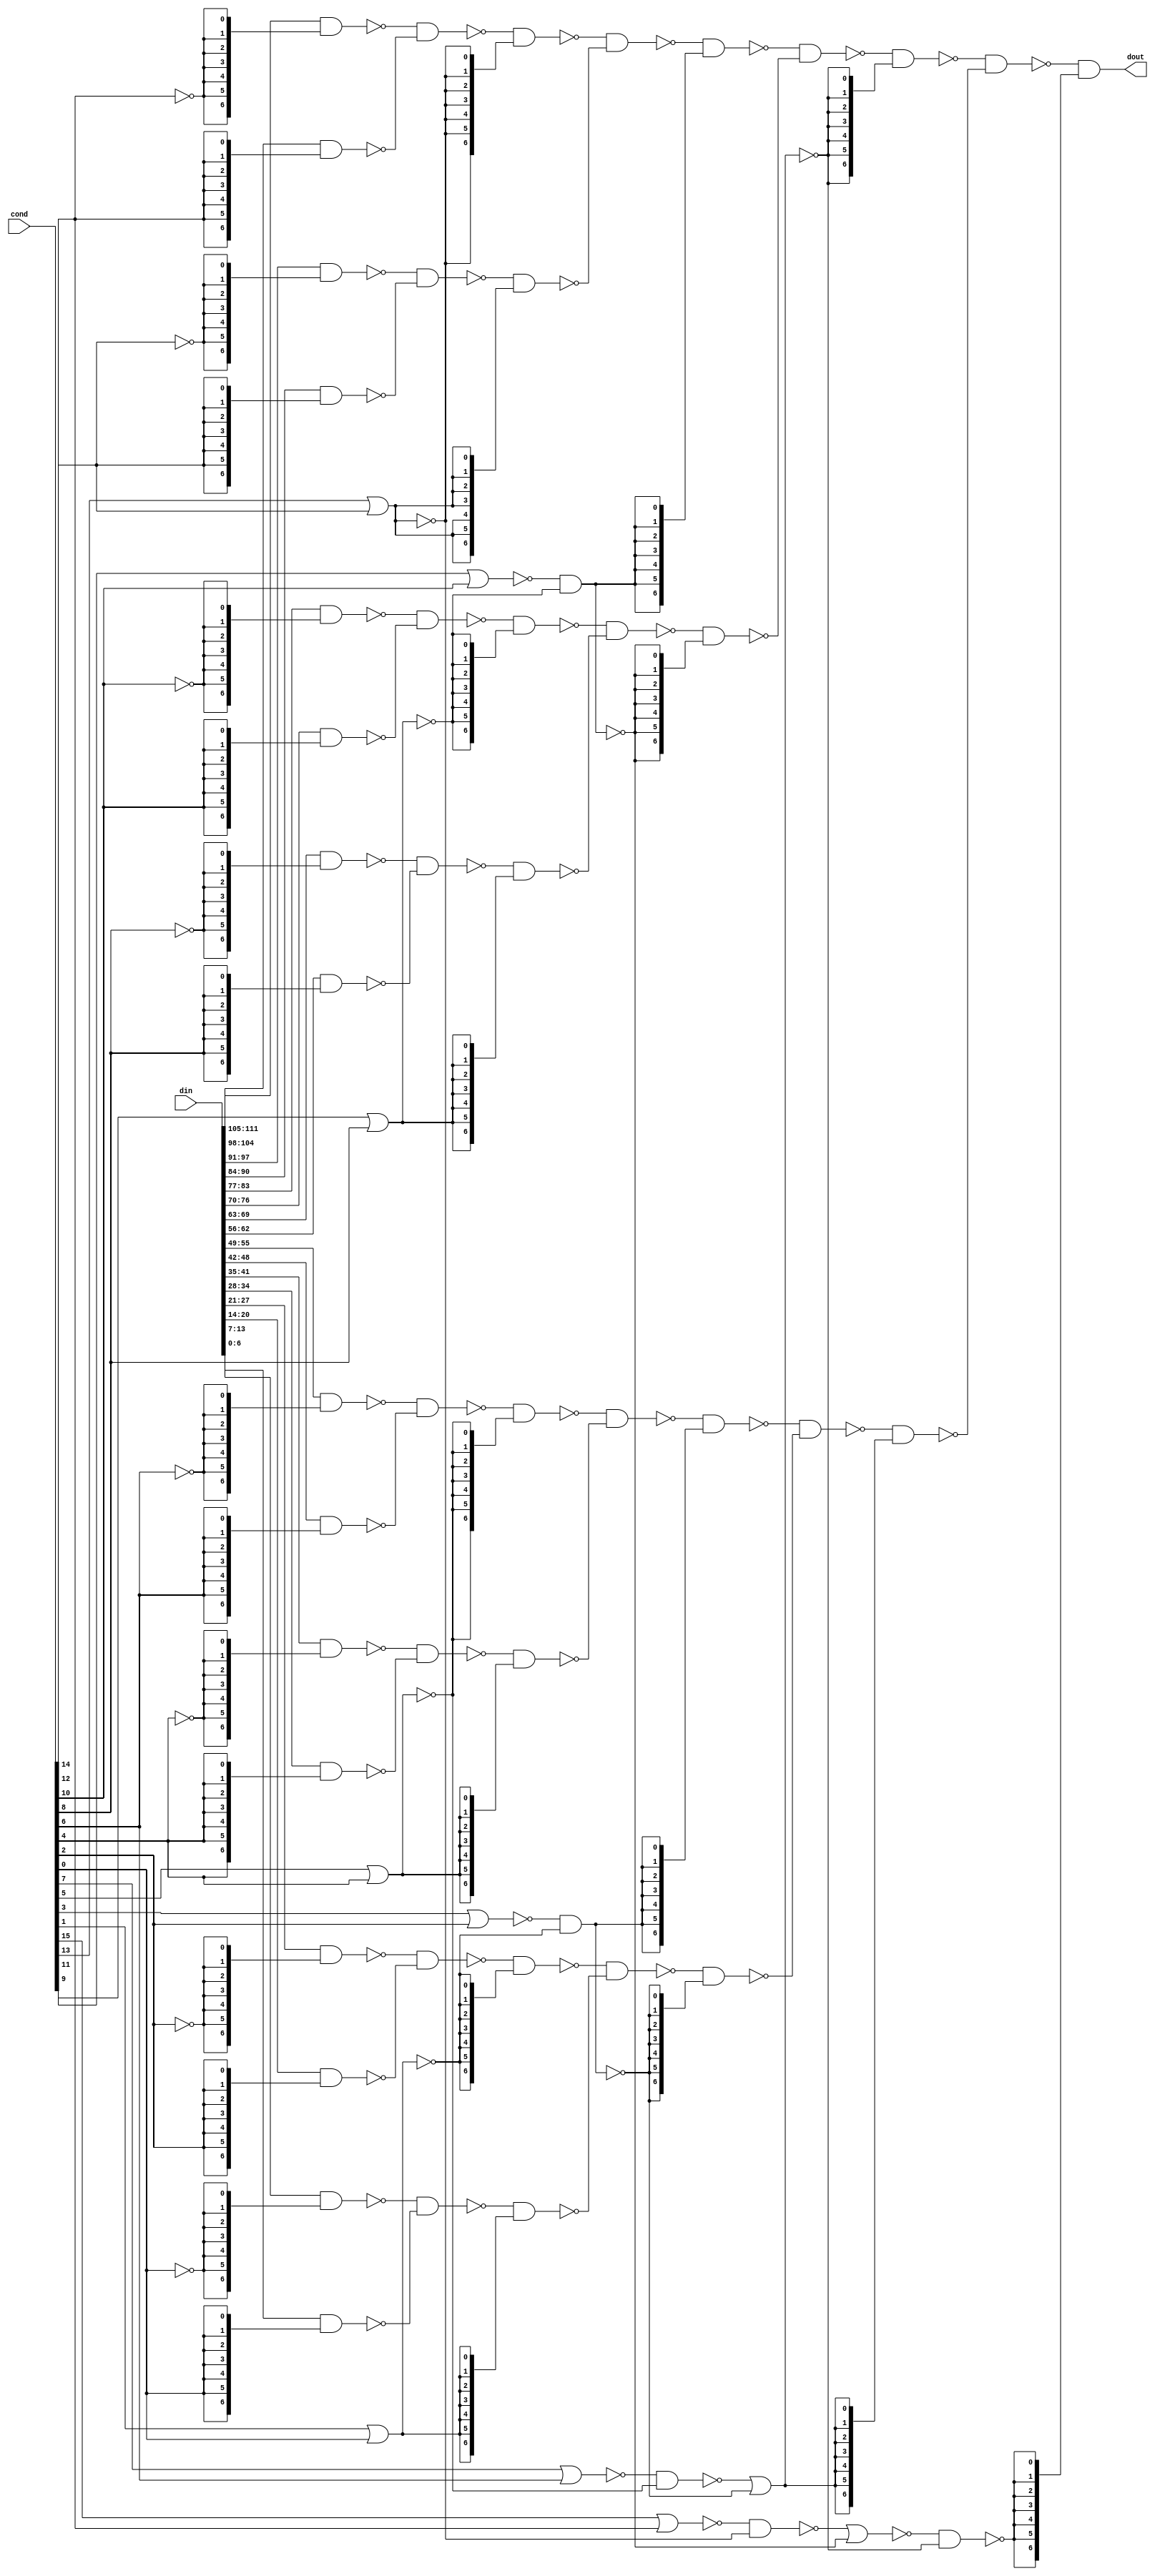
//  IBM Corp. 2020
// Licensed under the Apache License, Version 2.0 (the "License"), as modified by
// the terms below; you may not use the files in this repository except in
// compliance with the License as modified.
// You may obtain a copy of the License at http://www.apache.org/licenses/LICENSE-2.0
//
// Modified Terms:
//
//    1) For the purpose of the patent license granted to you in Section 3 of the
//    License, the "Work" hereby includes implementations of the work of authorship
//    in physical form.
//
//    2) Notwithstanding any terms to the contrary in the License, any licenses
//    necessary for implementation of the Work that are available from OpenPOWER
//    via the Power ISA End User License Agreement (EULA) are explicitly excluded
//    hereunder, and may be obtained from OpenPOWER under the terms and conditions
//    of the EULA.  
//
// Unless required by applicable law or agreed to in writing, the reference design
// distributed under the License is distributed on an "AS IS" BASIS, WITHOUT
// WARRANTIES OR CONDITIONS OF ANY KIND, either express or implied. See the License
// for the specific language governing permissions and limitations under the License.
// 
// Additional rights, including the ability to physically implement a softcore that
// is compliant with the required sections of the Power ISA Specification, are
// available at no cost under the terms of the OpenPOWER Power ISA EULA, which can be
// obtained (along with the Power ISA) here: https://openpowerfoundation.org. 

`timescale 1 ns / 1 ns

//  Description:  Prioritizer
//
//*****************************************************************************

module rv_prisel(
		 cond,
		 din,
		 dout
		 );

   parameter                   q_num_entries_g = 16;
   parameter                   q_dat_width_g = 7;
   input [0:q_num_entries_g-1] cond;
   input [0:q_dat_width_g*q_num_entries_g-1] din;
   output [0:q_dat_width_g-1] 		     dout;



   wire [0:q_dat_width_g-1]    q_dat_l1[0:7];
   wire [0:q_dat_width_g-1]    q_dat_l1a[0:7];
   wire [0:q_dat_width_g-1]    q_dat_l1b[0:7];
   wire [0:q_dat_width_g-1]    q_dat_l2[0:3];
   wire [0:q_dat_width_g-1]    q_dat_l2a[0:3];
   wire [0:q_dat_width_g-1]    q_dat_l2b[0:3];
   wire [0:q_dat_width_g-1]    q_dat_l4[0:1];
   wire [0:q_dat_width_g-1]    q_dat_l4a[0:1];
   wire [0:q_dat_width_g-1]    q_dat_l4b[0:1];
   wire [0:q_dat_width_g-1]    q_dat_l8a;
   wire [0:q_dat_width_g-1]    q_dat_l8b;
   wire [0:q_dat_width_g-1]    q_dat_l8;

   wire [0:7] 		       selval1_b;
   wire [0:7] 		       selpri1;
   wire [0:7] 		       selpri1_b;
   wire [0:3] 		       selval2;
   wire [0:3] 		       selpri2;
   wire [0:3] 		       selpri2_b;
   wire [0:1] 		       selval4_b;
   wire [0:1] 		       selpri4;
   wire [0:1] 		       selpri4_b;
   wire                        selval8;
   wire                        selpri8;
   wire                        selpri8_b;

   (* analysis_not_referenced="true" *)
   wire                        selpri1_unused;
   (* analysis_not_referenced="true" *)
   wire                        selpri1_b_unused;
   (* analysis_not_referenced="true" *)
   wire                        q_dat_l1_unused;


   parameter aryoff = q_dat_width_g;


   assign selval1_b[0] = ~(cond[0] | cond[1]);
   assign selval1_b[1] = ~(cond[2] | cond[3]);
   assign selval1_b[2] = ~(cond[4] | cond[5]);
   assign selval1_b[3] = ~(cond[6] | cond[7]);
   generate
      if (q_num_entries_g == 8)
        begin : selval1_gen08
	   assign selval1_b[4] = 1'b1;
	   assign selval1_b[5] = 1'b1;
           assign selval1_b[6] = 1'b1;
           assign selval1_b[7] = 1'b1;
        end
   endgenerate
   generate
      if (q_num_entries_g == 12)
        begin : selval1_gen0
	   assign selval1_b[4] = ~(cond[8] | cond[9]);
	   assign selval1_b[5] = ~(cond[10] | cond[11]);
           assign selval1_b[6] = 1'b1;
           assign selval1_b[7] = 1'b1;
        end
   endgenerate
   generate
      if (q_num_entries_g == 16)
        begin : selval1_gen1
	   assign selval1_b[4] = ~(cond[8] | cond[9]);
	   assign selval1_b[5] = ~(cond[10] | cond[11]);
           assign selval1_b[6] = ~(cond[12] | cond[13]);
           assign selval1_b[7] = ~(cond[14] | cond[15]);
        end
   endgenerate

   assign selpri1_b[0] = (~cond[1]);
   assign selpri1_b[1] = (~cond[3]);
   assign selpri1_b[2] = (~cond[5]);
   assign selpri1_b[3] = (~cond[7]);
   generate
      if (q_num_entries_g == 8)
        begin : selpri1_gen08
	   assign selpri1_b[4] = 1'b1;
	   assign selpri1_b[5] = 1'b1;
           assign selpri1_b[6] = 1'b1;
           assign selpri1_b[7] = 1'b1;
           assign selpri1_b_unused = selpri1_b[4] | selpri1_b[5] | selpri1_b[6] | selpri1_b[7] ;
        end
   endgenerate
   generate
      if (q_num_entries_g == 12)
        begin : selpri1_gen0
	   assign selpri1_b[4] = (~cond[9]);
	   assign selpri1_b[5] = (~cond[11]);
           assign selpri1_b[6] = 1'b1;
           assign selpri1_b[7] = 1'b1;
           assign selpri1_b_unused = selpri1_b[6] | selpri1_b[7] ;
        end
   endgenerate
   generate
      if (q_num_entries_g == 16)
        begin : selpri1_gen1
	   assign selpri1_b[4] = (~cond[9]);
	   assign selpri1_b[5] = (~cond[11]);
           assign selpri1_b[6] = (~cond[13]);
           assign selpri1_b[7] = (~cond[15]);
           assign selpri1_b_unused =1'b0;
        end
   endgenerate

   assign selpri1[0] = cond[1];
   assign selpri1[1] = cond[3];
   assign selpri1[2] = cond[5];
   assign selpri1[3] = cond[7];
   generate
      if (q_num_entries_g == 8)
        begin : selpri1_gen0b8
	   assign selpri1[4] = 1'b0;
	   assign selpri1[5] = 1'b0;
           assign selpri1[6] = 1'b0;
           assign selpri1[7] = 1'b0;
           assign selpri1_unused = selpri1[4] | selpri1[5] | selpri1[6] | selpri1[7] ;
        end
   endgenerate
   generate
      if (q_num_entries_g == 12)
        begin : selpri1_gen0b
	   assign selpri1[4] = cond[9];
	   assign selpri1[5] = cond[11];
           assign selpri1[6] = 1'b0;
           assign selpri1[7] = 1'b0;
           assign selpri1_unused = selpri1[6] | selpri1[7];
        end
   endgenerate
   generate
      if (q_num_entries_g == 16)
        begin : selpri1_gen1b
	   assign selpri1[4] = cond[9];
	   assign selpri1[5] = cond[11];
           assign selpri1[6] = cond[13];
           assign selpri1[7] = cond[15];

           assign selpri1_unused=1'b0;

        end
   endgenerate

   assign selval2[0] = ~(selval1_b[0] & selval1_b[1]);
   assign selval2[1] = ~(selval1_b[2] & selval1_b[3]);
   assign selval2[2] = ~(selval1_b[4] & selval1_b[5]);
   assign selval2[3] = ~(selval1_b[6] & selval1_b[7]);

   assign selpri2[0] = (~selval1_b[1]);
   assign selpri2[1] = (~selval1_b[3]);
   assign selpri2[2] = (~selval1_b[5]);
   assign selpri2[3] = (~selval1_b[7]);
   assign selpri2_b[0] = selval1_b[1];
   assign selpri2_b[1] = selval1_b[3];
   assign selpri2_b[2] = selval1_b[5];
   assign selpri2_b[3] = selval1_b[7];

   assign selval4_b[0] = ~(selval2[0] | selval2[1]);
   assign selval4_b[1] = ~(selval2[2] | selval2[3]);
   assign selpri4_b[0] = (~selval2[1]);
   assign selpri4_b[1] = (~selval2[3]);
   assign selpri4[0] = selval2[1];
   assign selpri4[1] = selval2[3];

   assign selval8 = ~(selval4_b[0] & selval4_b[1]);
   assign selpri8 = (~selval4_b[1]);
   assign selpri8_b = selval4_b[1];

   //-------------------------------------------------------------------------------------------------------
   // Instruction Muxing
   //-------------------------------------------------------------------------------------------------------

   // Level 1
   // 01 23 45 67 89 1011 1213 1415
   assign q_dat_l1a[0] = ~(din[0*aryoff:0*aryoff+aryoff-1] & {q_dat_width_g{selpri1_b[0]}});
   assign q_dat_l1b[0] = ~(din[1*aryoff:1*aryoff+aryoff-1] & {q_dat_width_g{selpri1[0]}});
   assign q_dat_l1[0] = ~(q_dat_l1a[0] & q_dat_l1b[0]);

   assign q_dat_l1a[1] = ~(din[2*aryoff:2*aryoff+aryoff-1] & {q_dat_width_g{selpri1_b[1]}});
   assign q_dat_l1b[1] = ~(din[3*aryoff:3*aryoff+aryoff-1] & {q_dat_width_g{selpri1[1]}});
   assign q_dat_l1[1] = ~(q_dat_l1a[1] & q_dat_l1b[1]);

   assign q_dat_l1a[2] = ~(din[4*aryoff:4*aryoff+aryoff-1] & {q_dat_width_g{selpri1_b[2]}});
   assign q_dat_l1b[2] = ~(din[5*aryoff:5*aryoff+aryoff-1] & {q_dat_width_g{selpri1[2]}});
   assign q_dat_l1[2] = ~(q_dat_l1a[2] & q_dat_l1b[2]);

   assign q_dat_l1a[3] = ~(din[6*aryoff:6*aryoff+aryoff-1] & {q_dat_width_g{selpri1_b[3]}});
   assign q_dat_l1b[3] = ~(din[7*aryoff:7*aryoff+aryoff-1] & {q_dat_width_g{selpri1[3]}});
   assign q_dat_l1[3] = ~(q_dat_l1a[3] & q_dat_l1b[3]);


   generate
      if (q_num_entries_g == 8)
        begin : l1_gen8
           assign q_dat_l1a[4] = {q_dat_width_g{1'b0}};
           assign q_dat_l1b[4] = {q_dat_width_g{1'b0}};
           assign q_dat_l1[4] = {q_dat_width_g{1'b0}};

           assign q_dat_l1a[5] = {q_dat_width_g{1'b0}};
           assign q_dat_l1b[5] = {q_dat_width_g{1'b0}};
           assign q_dat_l1[5] = {q_dat_width_g{1'b0}};

           assign q_dat_l1a[6] = {q_dat_width_g{1'b0}};
           assign q_dat_l1b[6] = {q_dat_width_g{1'b0}};
           assign q_dat_l1[6] = {q_dat_width_g{1'b0}};

           assign q_dat_l1a[7] = {q_dat_width_g{1'b0}};
           assign q_dat_l1b[7] = {q_dat_width_g{1'b0}};
           assign q_dat_l1[7] = {q_dat_width_g{1'b0}};

           assign q_dat_l1_unused = (|q_dat_l1a[4]) | (|q_dat_l1a[5]) | (|q_dat_l1a[6]) | (|q_dat_l1a[7]) |
                                    (|q_dat_l1b[4]) | (|q_dat_l1b[5]) | (|q_dat_l1b[6]) | (|q_dat_l1b[7]) |
                                    (|q_dat_l1[4]) | (|q_dat_l1[5]) | (|q_dat_l1[6]) | (|q_dat_l1[7]) ;

        end
   endgenerate
   generate
      if (q_num_entries_g == 12)
        begin : l1_gen12
	   assign q_dat_l1a[4] = ~(din[8*aryoff:8*aryoff+aryoff-1] & {q_dat_width_g{selpri1_b[4]}});
	   assign q_dat_l1b[4] = ~(din[9*aryoff:9*aryoff+aryoff-1] & {q_dat_width_g{selpri1[4]}});
	   assign q_dat_l1[4] = ~(q_dat_l1a[4] & q_dat_l1b[4]);

	   assign q_dat_l1a[5] = ~(din[10*aryoff:10*aryoff+aryoff-1] & {q_dat_width_g{selpri1_b[5]}});
	   assign q_dat_l1b[5] = ~(din[11*aryoff:11*aryoff+aryoff-1] & {q_dat_width_g{selpri1[5]}});
	   assign q_dat_l1[5] = ~(q_dat_l1a[5] & q_dat_l1b[5]);

           assign q_dat_l1a[6] = {q_dat_width_g{1'b0}};
           assign q_dat_l1b[6] = {q_dat_width_g{1'b0}};
           assign q_dat_l1[6] = {q_dat_width_g{1'b0}};

           assign q_dat_l1a[7] = {q_dat_width_g{1'b0}};
           assign q_dat_l1b[7] = {q_dat_width_g{1'b0}};
           assign q_dat_l1[7] = {q_dat_width_g{1'b0}};

           assign q_dat_l1_unused = (|q_dat_l1a[6]) | (|q_dat_l1a[7]) |
                                    (|q_dat_l1b[6]) | (|q_dat_l1b[7]) |
                                    (|q_dat_l1[6]) | (|q_dat_l1[7]) ;
        end
   endgenerate
   generate
      if (q_num_entries_g == 16)
        begin : l1_gen16

	   assign q_dat_l1a[4] = ~(din[8*aryoff:8*aryoff+aryoff-1] & {q_dat_width_g{selpri1_b[4]}});
	   assign q_dat_l1b[4] = ~(din[9*aryoff:9*aryoff+aryoff-1] & {q_dat_width_g{selpri1[4]}});
	   assign q_dat_l1[4] = ~(q_dat_l1a[4] & q_dat_l1b[4]);

	   assign q_dat_l1a[5] = ~(din[10*aryoff:10*aryoff+aryoff-1] & {q_dat_width_g{selpri1_b[5]}});
	   assign q_dat_l1b[5] = ~(din[11*aryoff:11*aryoff+aryoff-1] & {q_dat_width_g{selpri1[5]}});
	   assign q_dat_l1[5] = ~(q_dat_l1a[5] & q_dat_l1b[5]);

	   assign q_dat_l1a[6] = ~(din[12*aryoff:12*aryoff+aryoff-1] & {q_dat_width_g{selpri1_b[6]}});
           assign q_dat_l1b[6] = ~(din[13*aryoff:13*aryoff+aryoff-1] & {q_dat_width_g{selpri1[6]}});
           assign q_dat_l1[6] = ~(q_dat_l1a[6] & q_dat_l1b[6]);

           assign q_dat_l1a[7] = ~(din[14*aryoff:14*aryoff+aryoff-1] & {q_dat_width_g{selpri1_b[7]}});
           assign q_dat_l1b[7] = ~(din[15*aryoff:15*aryoff+aryoff-1] & {q_dat_width_g{selpri1[7]}});
           assign q_dat_l1[7] = ~(q_dat_l1a[7] & q_dat_l1b[7]);

           assign q_dat_l1_unused = 1'b0;

        end
   endgenerate

   // Level 2
   // 0123 4567 891011 12131415
   assign q_dat_l2a[0] = ~(q_dat_l1[0] & {q_dat_width_g{selpri2_b[0]}});
   assign q_dat_l2b[0] = ~(q_dat_l1[1] & {q_dat_width_g{selpri2[0]}});
   assign q_dat_l2[0] = ~(q_dat_l2a[0] & q_dat_l2b[0]);

   assign q_dat_l2a[1] = ~(q_dat_l1[2] & {q_dat_width_g{selpri2_b[1]}});
   assign q_dat_l2b[1] = ~(q_dat_l1[3] & {q_dat_width_g{selpri2[1]}});
   assign q_dat_l2[1] = ~(q_dat_l2a[1] & q_dat_l2b[1]);

   assign q_dat_l2a[2] = ~(q_dat_l1[4] & {q_dat_width_g{selpri2_b[2]}});
   assign q_dat_l2b[2] = ~(q_dat_l1[5] & {q_dat_width_g{selpri2[2]}});
   assign q_dat_l2[2] = ~(q_dat_l2a[2] & q_dat_l2b[2]);

   assign q_dat_l2a[3] = ~(q_dat_l1[6] & {q_dat_width_g{selpri2_b[3]}});
   assign q_dat_l2b[3] = ~(q_dat_l1[7] & {q_dat_width_g{selpri2[3]}});
   assign q_dat_l2[3] = ~(q_dat_l2a[3] & q_dat_l2b[3]);

   // Level 4
   // 01234567 89101112131415
   assign q_dat_l4a[0] = ~(q_dat_l2[0] & {q_dat_width_g{selpri4_b[0]}});
   assign q_dat_l4b[0] = ~(q_dat_l2[1] & {q_dat_width_g{selpri4[0]}});
   assign q_dat_l4[0] = ~(q_dat_l4a[0] & q_dat_l4b[0]);

   assign q_dat_l4a[1] = ~(q_dat_l2[2] & {q_dat_width_g{selpri4_b[1]}});
   assign q_dat_l4b[1] = ~(q_dat_l2[3] & {q_dat_width_g{selpri4[1]}});
   assign q_dat_l4[1] = ~(q_dat_l4a[1] & q_dat_l4b[1]);

   // Level 8
   // 0123456789101112131415
   assign q_dat_l8a = ~(q_dat_l4[0] & {q_dat_width_g{selpri8_b}});
   assign q_dat_l8b = ~(q_dat_l4[1] & {q_dat_width_g{selpri8}});
   assign q_dat_l8 = ~(q_dat_l8a & q_dat_l8b);

   assign dout = q_dat_l8 & {q_dat_width_g{selval8}};

endmodule // rv_prisel